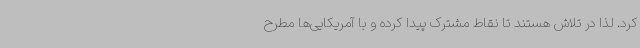
کرد. لذا در تلاش هستند تا نقاط مشترک پیدا کرده و با آمریکایی‌ها مطرح